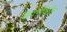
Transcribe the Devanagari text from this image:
लावणीवरील